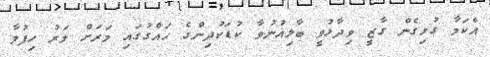
އެކަމާ ގުޅިގެން ގާޒީ ވިދާޅުވީ ބާލިޣުނުވާ ކުޑަކުދިންގެ ހައްގުގައި މަރަށް މަރު ހިފުމާ